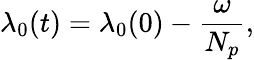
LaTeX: \lambda_{0}(t)=\lambda_{0}(0)-\frac{\omega}{N_{p}},